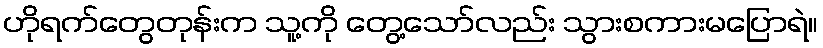
ဟိုရက်တွေတုန်းက သူ့ကို တွေ့သော်လည်း သွားစကားမပြောရဲ။